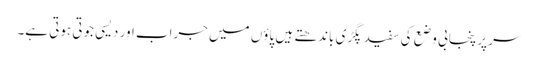
سر پر پنجابی وضع کی سفید پگڑی باندھتے ہیں پاؤں میں جراب اور دیسی جوتی ہوتی ہے۔